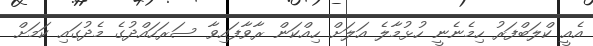
އެއީ ކްލަބްފަރު ހިމެނެނީ ހުޅުމާލެ އަލަށް ހިއްކަން ރާވާފައިވާ ސަރަހައްދުގެ މެދުގައި ކަމަށް